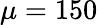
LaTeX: \mu=150